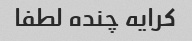
کرایه چنده لطفا